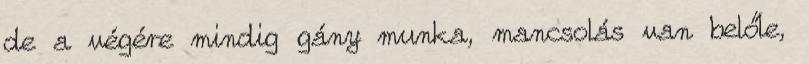
de a végére mindig gány munka, mancsolás van belőle,